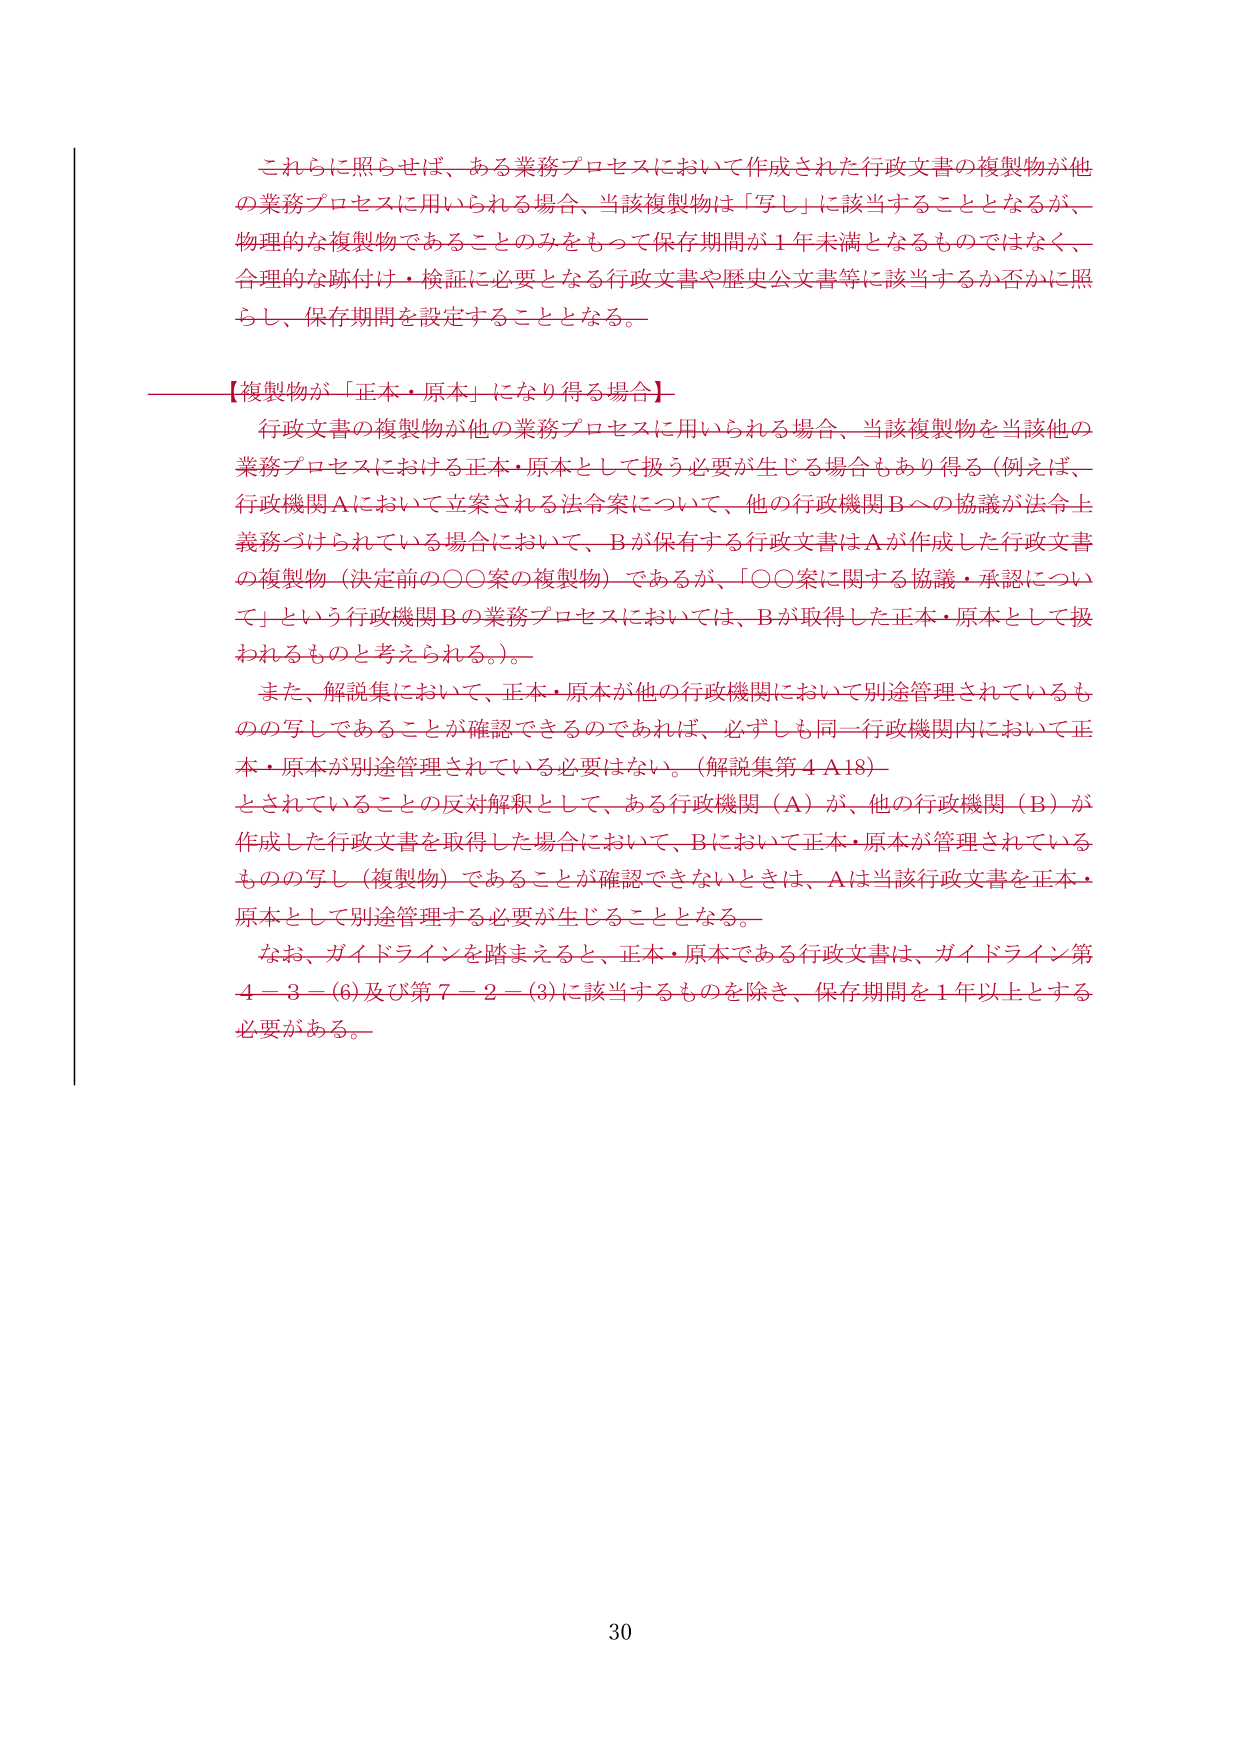
これらに照らせば、ある業務プロセスにおいて作成された行政文書の複製物が他の業務プロセスに用いられる場合、当該複製物は「写し」に該当することとなるが、物理的な複製物であることのみをもって保存期間が１年未満となるものではなく、合理的な跡付け・検証に必要となる行政文書や歴史公文書等に該当するか否かに照らし、保存期間を設定することとなる。

【複製物が「正本・原本」になり得る場合】
行政文書の複製物が他の業務プロセスに用いられる場合、当該複製物を当該他の業務プロセスにおける正本・原本として扱う必要が生じる場合もあり得る（例えば、行政機関Ａにおいて立案される法令案について、他の行政機関Ｂへの協議が法令上義務づけられている場合において、Ｂが保有する行政文書はＡが作成した行政文書の複製物（決定前の○○案の複製物）であるが、「○○案に関する協議・承認について」という行政機関Ｂの業務プロセスにおいては、Ｂが取得した正本・原本として扱われるものと考えられる。）。
また、解説集において、正本・原本が他の行政機関において別途管理されているものの写しであることが確認できるのであれば、必ずしも同一行政機関内において正本・原本が別途管理されている必要はない。（解説集第４Ａ18）
とされていることの反対解釈として、ある行政機関（Ａ）が、他の行政機関（Ｂ）が作成した行政文書を取得した場合において、Ｂにおいて正本・原本が管理されているものの写し（複製物）であることが確認できないときは、Ａは当該行政文書を正本・原本として別途管理する必要が生じることとなる。
なお、ガイドラインを踏まえると、正本・原本である行政文書は、ガイドライン第４－３－(6)及び第７－２－(3)に該当するものを除き、保存期間を１年以上とする必要がある。

30